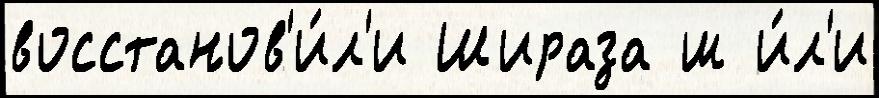
восстанов'и́л'и Шираза ш и́л'и